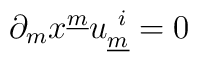
\partial_{m} x^{\underline{m}} u^{~i}_{\underline{m}} = 0 \qquad